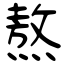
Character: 熬